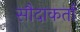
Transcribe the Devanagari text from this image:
सौदाकर्ता